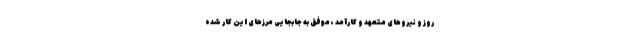
روز و نیروهای متعهد و کارآمد ، موفق به جابجایی مرزهای این کار شده